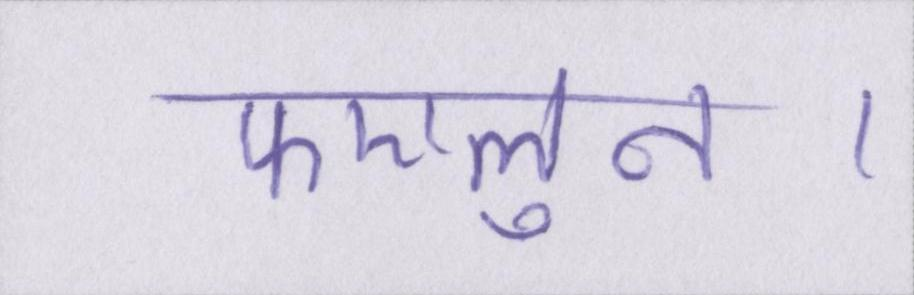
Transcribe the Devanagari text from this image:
फएलुन।